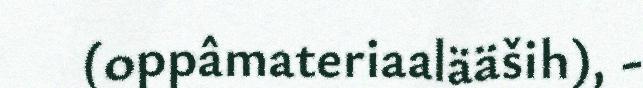
(oppâmateriaalääših), -